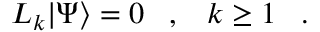
L _ { k } | \Psi \rangle = 0 \; \; \; , \; \; \; k \geq 1 \; \; \; .